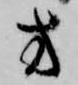
方